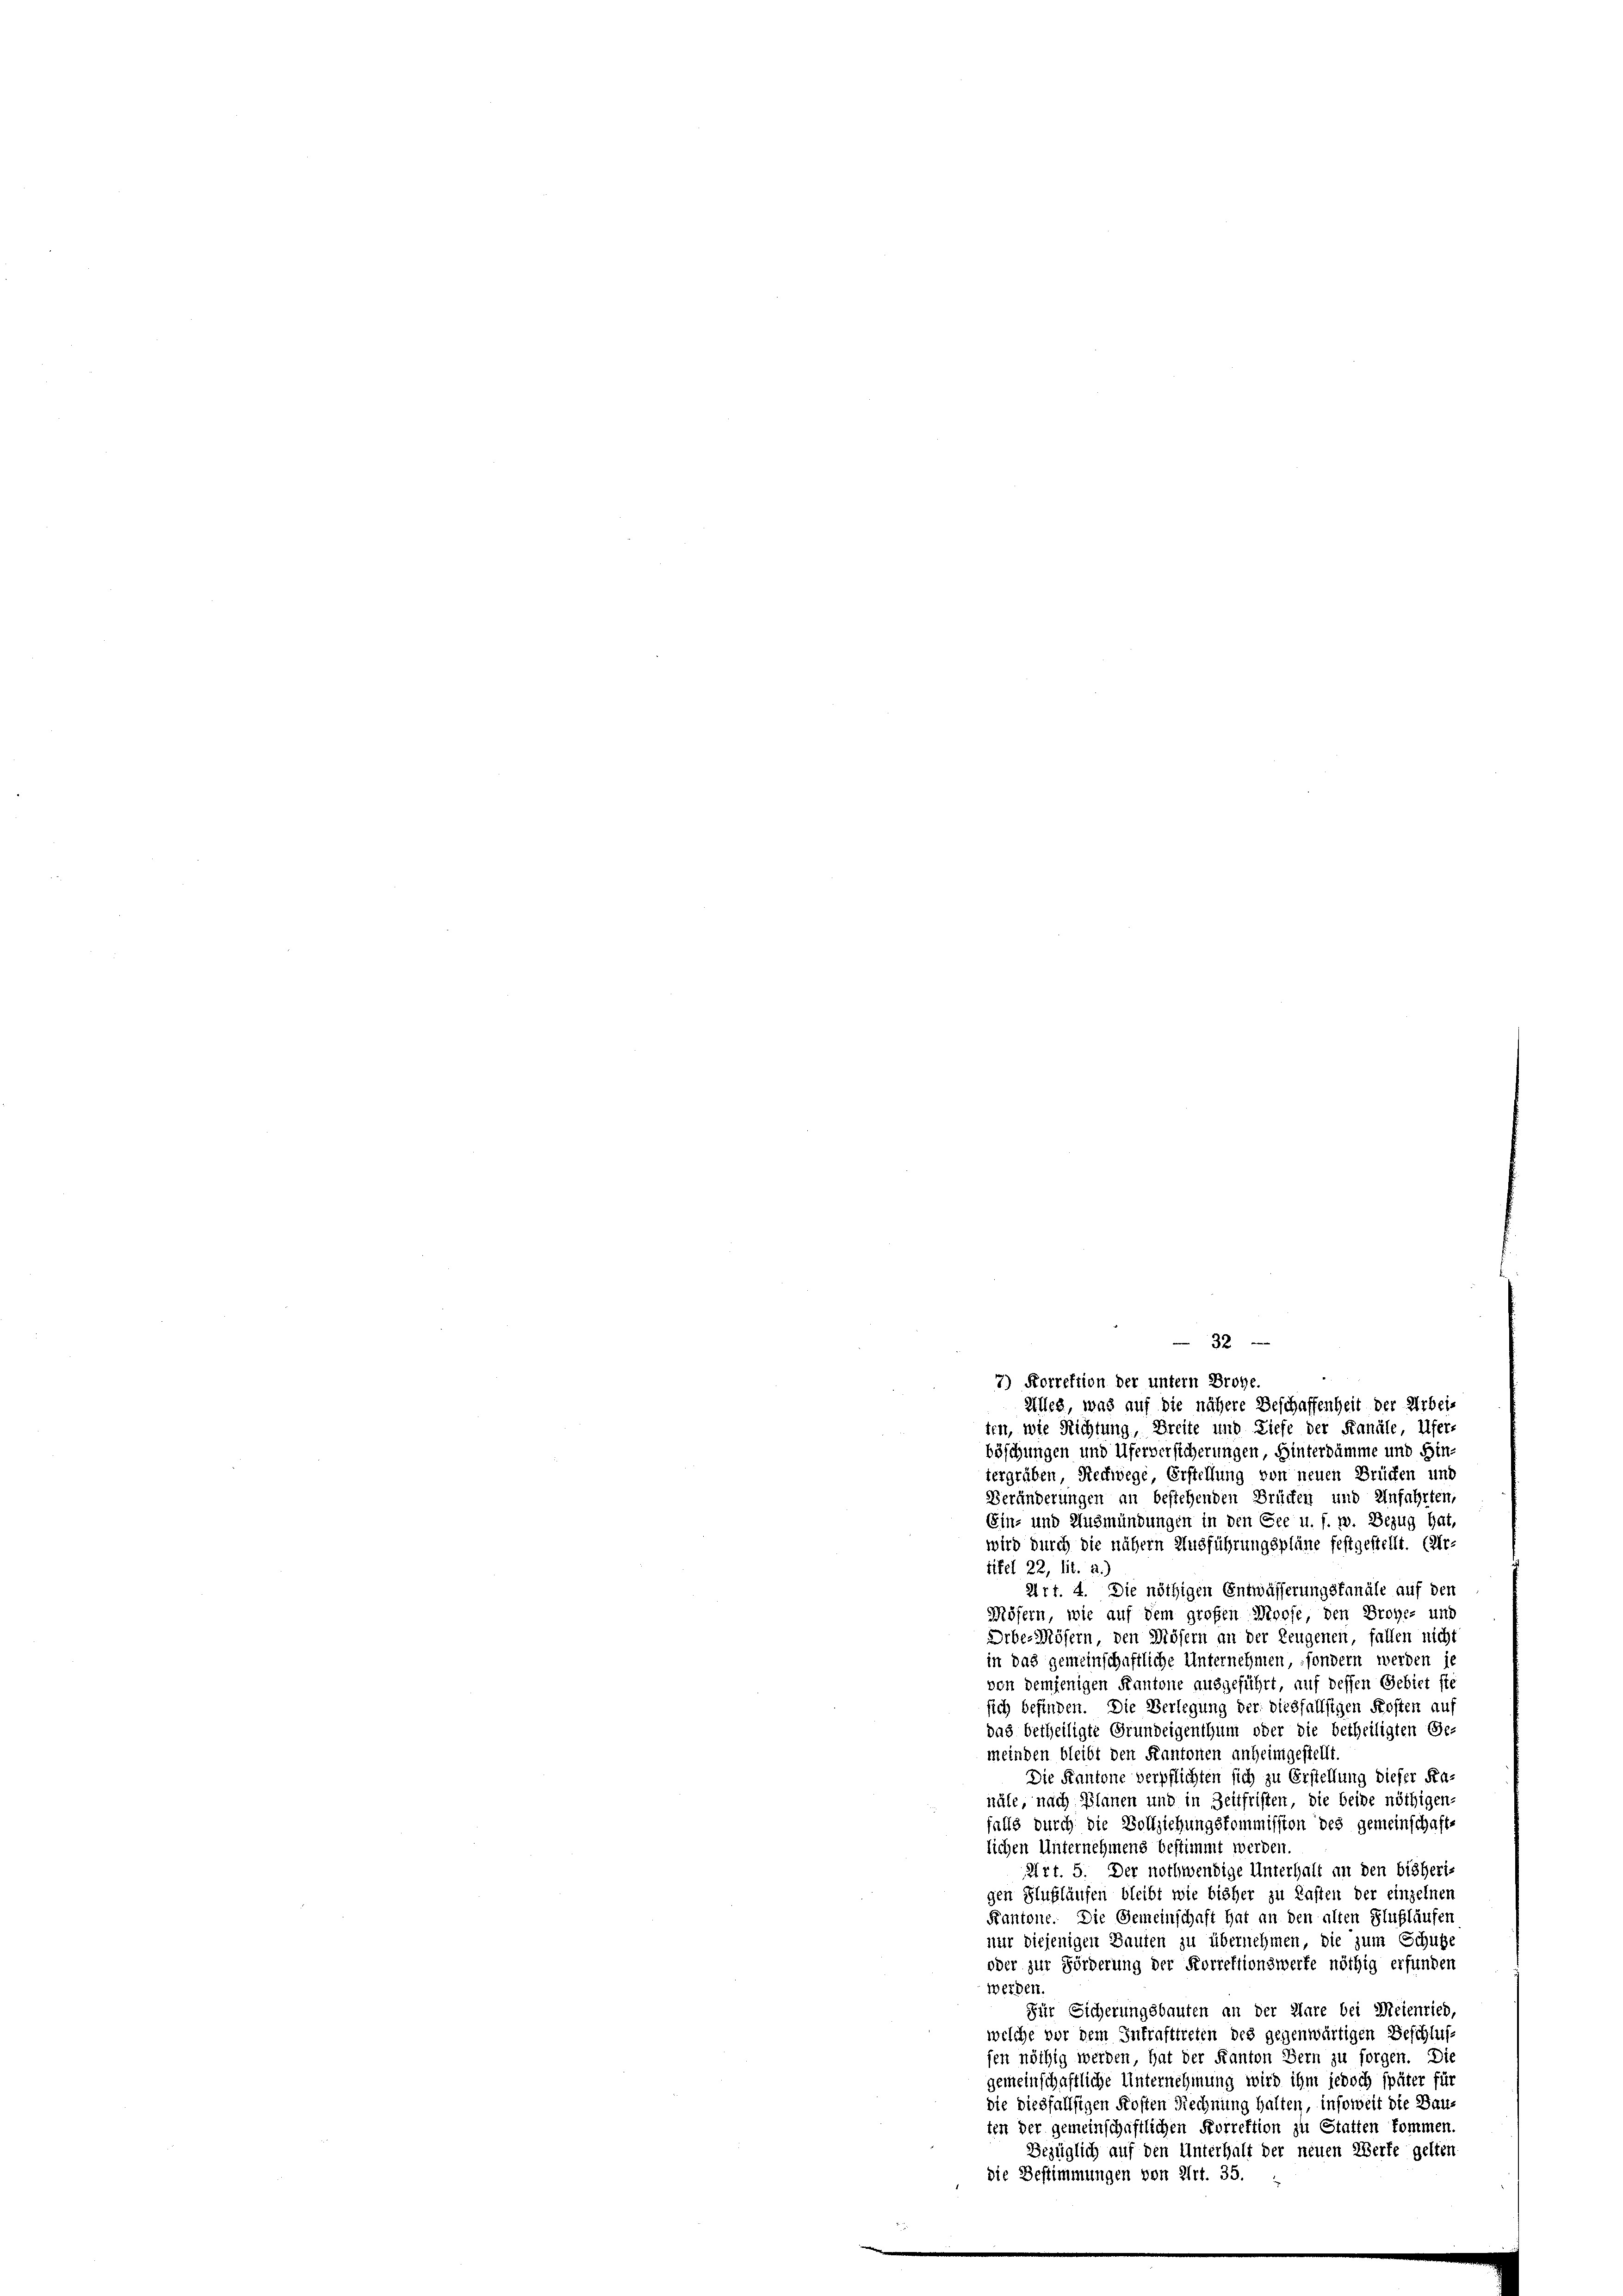
32

7) Forrektion der untern Brohe.
Alles, was auf die nähere Beschaffenheit der Arbei-
ten, wie Richtung, Breite und Liefe der Kanäle, Ufer-
böschungen und Uferversicherungen, Hinterdämme und Hin-
tergräben Rechwege Erstellung von neuen Brücken und
Veränderungen an bestehenden Brücken und Anfahrten,
Ein- und Ausmündungen in den Gee u. f. w. Bezug hat,
wird durch die nähern Ausführungspläne festgestellt. (Ur-
titel 22, lit. a.,
Art. 4. Die nöthigen Entwässerungsfanäle auf den
Mösern, wie auf dem großen Moose den Brohe- und
Orber Mösern, den Mösern an der Zeugenen, fallen nicht
in das gemeinschaftliche Unternehmen, sondern werden je
von demjenigen Kantone ausgeführt, auf dessen Gebiet sie
sich befinden. Die Verlegung der diesfallsigen Kosten auf
das betheiligte Grundeigenthum oder die betheiligten Ge-
meinden bleibt den Kantonen anheimgestellt.
Die Kantone verpflichten sich zu Erstellung dieser Ka-
näle, nach Planen und in Zeitfristen, die beide nöthigen-
falls durch die Vollziehungskommission des gemeinschaft-
lichen Unternehmens bestimmt werden
Art. 5. Der nothwendige Unterhalt an den bisherigen Ausläufen bleibt wie bisher zu Lasten der einzelnen
Kantone. Die Gemeinschaft hat an den alten Flußlaufen
nur diejenigen Bauten zu übernehmen, die zum Schütze
oder zur Förderung der Forrektionswerte nöthig erfunden
werden.
Für Sicherungsbauten an der Aare bei Meienried,
welche vor dem Intrafttreten des gegenwärtigen Beschluss
fen nöthig werden, hat der Kanton Bern zu sorgen. Die
gemeinschaftliche Unternehmung wird ihm jedoch später für
die diesfallsigen Kosten Rechnung halten, insoweit die Bauten der gemeinschaftlichen Forrektion zu Statten kommen.
Bezüglich auf den Unterhalt der neuen Werte gelten
die Bestimmungen von Art. 35.